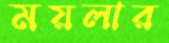
ময়লার